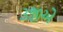
૩જીએ